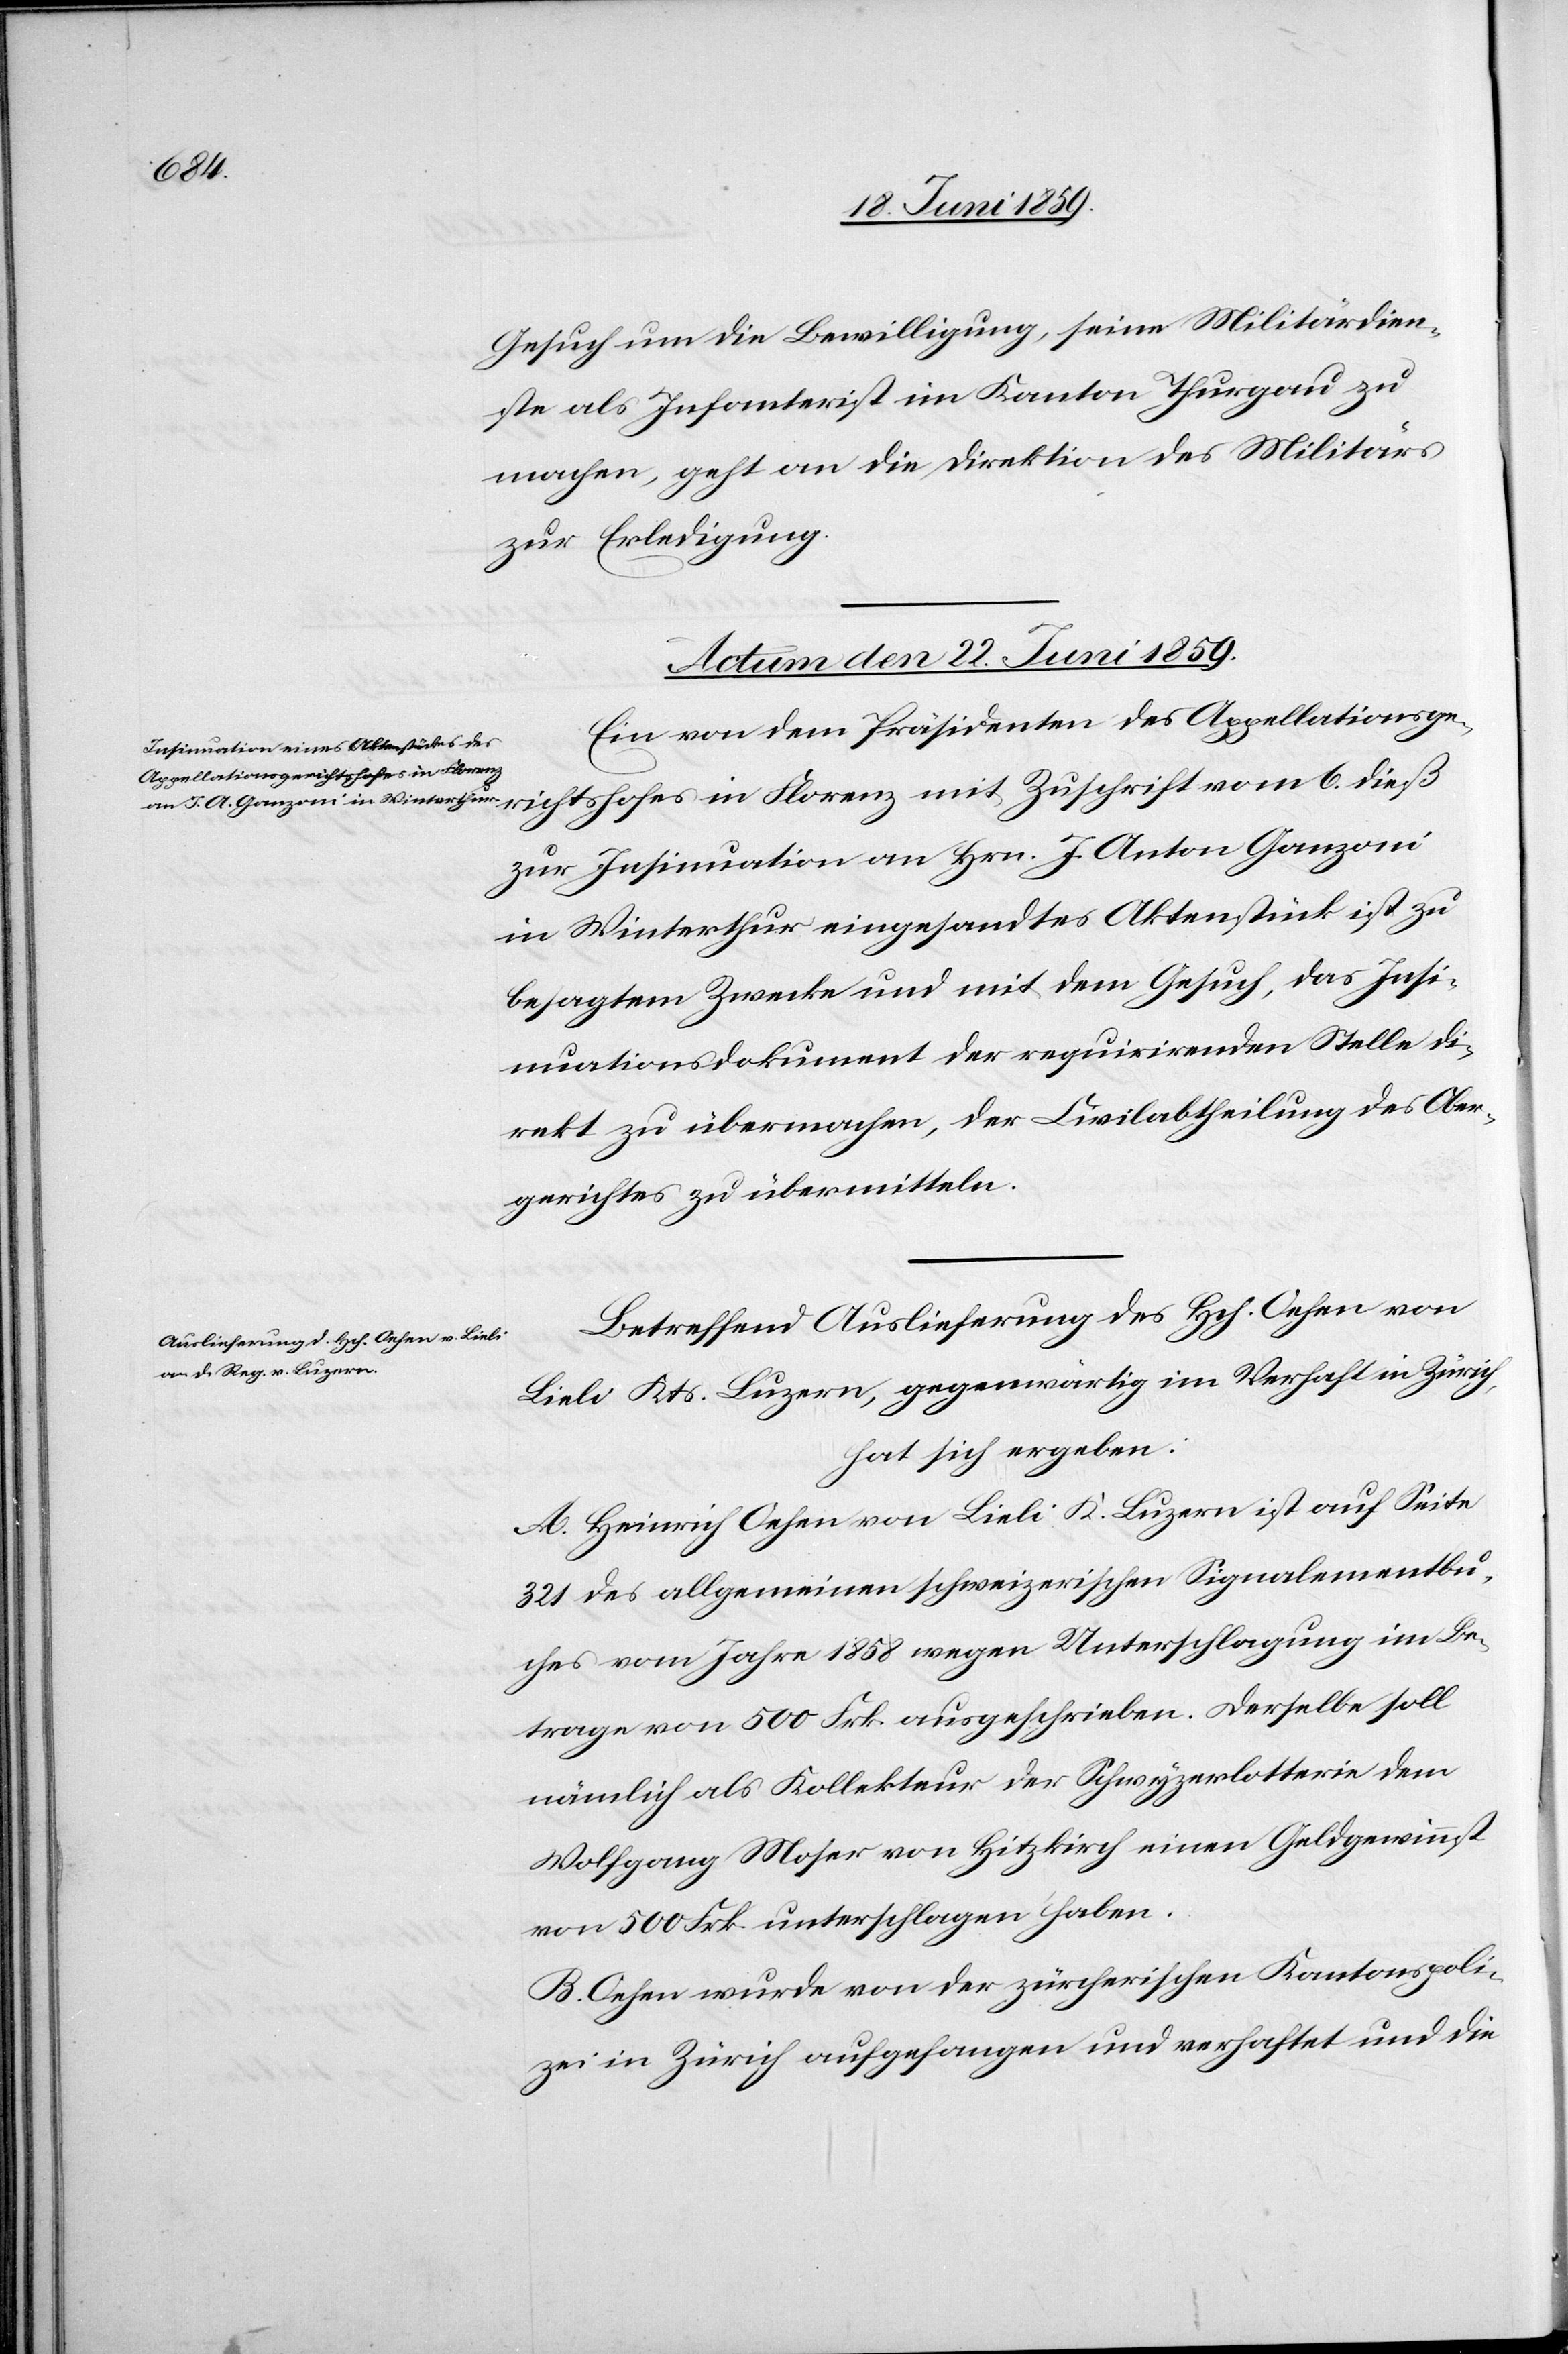
richtshofes
Gesuch um die Bewilligung, seinen Militärdien¬
st als Infanterist im Kanton Thurgau zu
machen, geht an die Direktion des Militärs
zur Erledigung.
Actum den 22. Juni 1859.]
Ein von dem Präsidenten des Appellationsge¬
zur Insinuation an Hrn. J. Anton Ganzani
in Winterthur eingesandtes Aktenstück ist zu
besagtem Zwecke und mit dem Gesuch, das Insi¬
nuationsdokument der requirirenden Stelle di¬
rekt zu übermachen, der Civilabtheilung des Ober¬
gerichtes zu übermitteln.
Betreffend Auslieferung des Hch. Oehen von
Lieli Kts. Luzern, gegenwärtig im Verhaft in Zürich,
hat sich ergeben:
A. Heinrich Oehen von Lieli K. Luzern ist auf Seite
321 des allgemeinen schweizerischen Signalementbu¬
ches vom Jahre 1858 wegen Unterschlagung im Be¬
trage von 500 Frk. ausgeschrieben. Derselbe soll
nämlich als Kollekteur der Schwyzerlotterie dem
Wolfgang Moser von Hitzkirch einen Geldgewinnst
von 500 Frk. unterschlagen haben.
B. Oehen wurde von der zürcherischen Kantonspoli¬
zei in Zürich aufgefangen und verhaftet und die